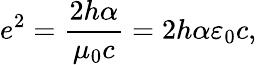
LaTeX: e^{2}={\frac{2h\alpha}{\mu_{0}c}}=2h\alpha\varepsilon_{0}c,